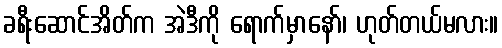
ခရီးဆောင်အိတ်က အဲဒီကို ရောက်မှာနော်၊ ဟုတ်တယ်မလား။